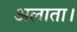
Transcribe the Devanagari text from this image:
अलाता।